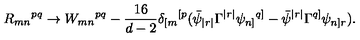
R _ { m n } { } ^ { p q } \rightarrow W _ { m n } { } ^ { p q } - \frac { 1 6 } { d - 2 } \delta _ { [ m } { } ^ { [ p } ( \bar { \psi } _ { | r | } \Gamma ^ { | r | } \psi _ { n ] } { } ^ { q ] } - \bar { \psi } ^ { | r | } \Gamma ^ { q ] } \psi _ { n ] r } ) .